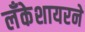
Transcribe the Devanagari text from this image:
लँकेशायरने